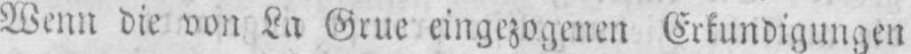
Wenn die von La Grue eingezogenen Erkundigungen